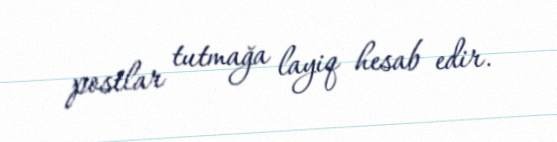
postlar tutmağa layiq hesab edir.